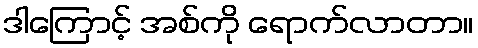
ဒါကြောင့် အစ်ကို ရောက်လာတာ။